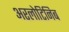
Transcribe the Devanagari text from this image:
अरलोटिनिब